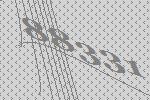
88331